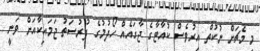
މި މެޗަށް ނުކުތް އިރުވެސް ކުއާޓާގެ ޖާގައެއް ހޯދުމުގެ ފުރުސަތު ޖަމައިކާއަށް ވަނީ